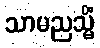
သာမညသ္မိံ